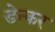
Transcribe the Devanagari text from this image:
डेन्कर